Calcutta medical institutions reports 1879-81 [i.e.91]
Year: 1879
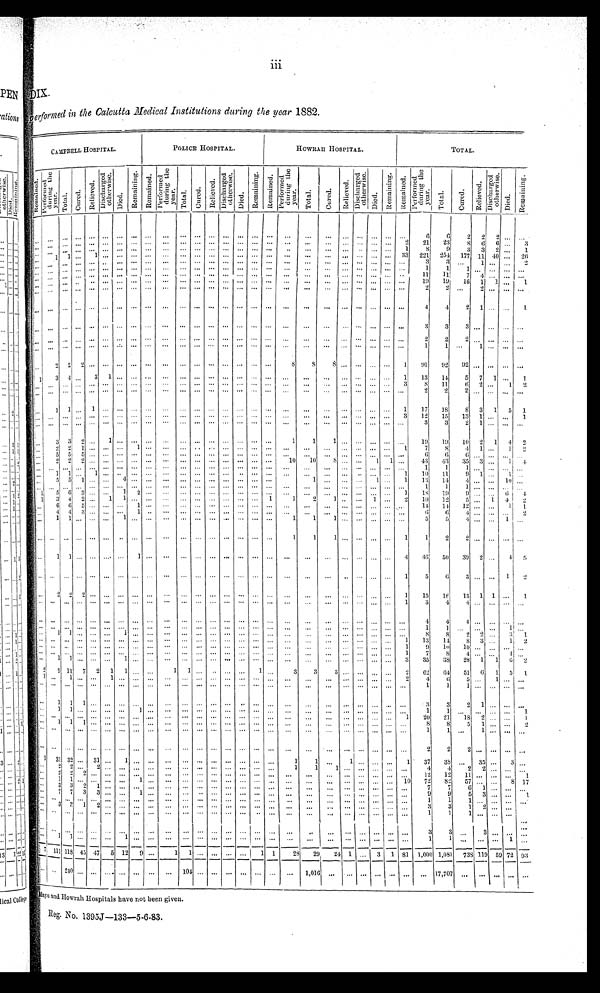
DIX.
performed in the Calcutta Medical Institutions during the year 1882.
CAMPBELL HOSPITAL.
POLICE HOSPITAL.
HOWRAH HOSPITAL.
T O T A L .
R e m a i n e d .
P e r f o r m e d d u r i n g t h e y e a r .
T o t a l . Cur ed.
R e l i e v e d . D i s c h a r g e d o t h e r w i s e .
Di ed.
R e m a i n i n g . R e ma i n e d .
P e r f o r m e d d u r i n g t h e y e a r .
T o t a l . C u r e d .
R e l i e v e d .
Di s c h a r g e d o t h e r wi s e .
Di e d .
R e ma i n i n g . R e m a i n e d .
P e r f o r m e d d u r i n g t h e y e a r .
T o t a l . C u r e d .
Re l i e v e d .
D i s c h a r g e d o t h e r w i s e .
Di ed.
R e m a i n i n g . R e m a i n e d .
P e r f o r m e d d u r i n g t h e y e a r .
T o t a l .
C u r e d .
R e l i e v e d .
D i s c h a r g e d o t h e r w i s e .
D i e d .
R e m a i n i n g .
. . .
. . . . . . . . .
. . . . . . . . . . . . . . .
. . . . . . . . . . . . . . . . . . . . . . . .
. . .
. . .
. . .
. . .
. . .
. . . . . . . . .
6
6
2 2 2
. . . . . .
. . . . . . . . . . . . . . . . . . . . . . . . . . .
. . . . . . . . . . . . . . . . . . . . . . . .
. . .
. . .
. . . . . . . . . . . . . . .
2
2 1
2 3
8 6 6 . . .
3
. . . . . . . . . . . . . . . . . . . . . . . . . . .
. . . . . .
. . . . . . . . . . . . . . . . . .
. . .
. . .
. . .
. . . . . . . . . . . .
1
8
9
3 3 2 . . .
1
. . . 1 1
. . . 1 . . . . . . . . . . . .
. . . . . . . . . . . . . . . . . . . . . . . .
. . .
. . .
. . . . . . . . . . . . . . .
3 3
2 2 1
2 5 4
1 7 7 1 1 4 0 . . . 2 6
. . . . . . . . . . . . . . . . . . . . . . . .
. . . . . . . . . . . . . . . . . . . . . . . .
. . .
. . .
. . .
. . . . . . . . . . . . . . .
3
3 . . .
1 . . .
. . .
2
. . . . . . . . . . . . . . . . . . . . . . . . . . .
. . . . . . . . . . . . . . . . . . . . . . . .
. . .
. . .
. . .
. . . . . . . . . . . . . . .
1
1 1
. . . . . .
. . . . . .
. . .
. . . . . . . . . . . . . . . . . . . . . . . .
. . .
. . . . . . . . . . . . . . . . . .
. . . . . .
. . .
. . .
. . . . . . . . . . . . . . .
1 1
1 1 7
4 . . .
. . . . . .
. . . . . . . . . . . . . . . . . . . . . . . . . . .
. . . . . . . . . . . . . . . . . . . . . . . .
. . .
. . .
. . .
. . . . . . . . . . . . . . .
1 9
1 9
1 6 1 1 . . .
1
. . .
. . . . . . . . . . . . . . . . . . . . . . . .
. . . . . . . . . . . . . . . . . . . . . . . .
. . .
. . .
. . . . . . . . . . . . . . . . . .
2
2
. . . 2 . . .
. . . . . .
. . . . . . . . .
. . .
. . . . . . . . . . . . . . .
. . . . . . . . . . . . . . . . . . . . . . . .
. . .
. . .
. . .
. . . . . . . . . . . . . . .
4
4
2 1 . . .
. . .
1
. . . . . . . . . . . . . . . . . . . . . . . . . . .
. . . . . . . . . . . . . . . . . . . . . . . .
. . .
. . .
. . .
. . . . . . . . . . . . . . .
3
3
3 . . . . . .
. . . . . .
. . . . . .
. . .
. . .
. . .
. . .
. . . . . . . . . . . .
. . .
. . .
. . .
. . .
. . .
. . . . . . . . .
. . .
. . .
. . .
. . .
. . .
. . .
. . . . . .
. . .
. . .
. . .
. . .
. . .
. . . . . . . . . . . .
. . .
. . .
. . .
. . .
. . .
. . . . . . . . .
. . .
. . .
. . .
. . .
. . .
. . .
. . . . . .
. . .
. . .
. . .
. . .
. . .
. . . . . . . . . . . .
. . .
. . .
. . .
. . .
. . .
. . .
. . . . . . . . . . . . . . . . . . . . .
. . . . . . . . . . . . . . . . . . . . . . . .
. . .
. . .
. . . . . . . . . . . . . . . . . .
2
2
2 . . . . . .
. . . . . .
. . . . . . . . . . . . . . . . . . . . .
. . . . . .
. . . . . . . . . . . .
. . . . . . . . . . . .
. . .
. . .
. . .
. . . . . . . . . . . . . . .
1
1 . . .
1 . . .
. . . . . .
. . .
2 2 2 . . . . . . . . .
. . . . . .
. . . . . . . . . . . .
. . . . . . . . . . . . . . .
8
8
8 . . .
. . . . . . 1
9 1
9 2
9 2 . . . . . .
. . . . . .
1
3 4 . . . 3 1 . . .
. . . . . .
. . . . . . . . . . . .
. . . . . . . . . . . .
. . .
. . .
. . .
. . . . . . . . . . . .
1
1 3
1 4
5 7 1 . . .
1
. . .
. . . . . . . . . . . . . . . . . . . . . . . .
. . . . . . . . . . . . . . . . . . . . . . . .
. . .
. . .
. . .
. . . . . . . . . . . .
3
8
1 1
6 2 . . .
1 2
. . . . . . . . . . . . . . . . . . . . . . . . . . .
. . . . . . . . . . . . . . . . . . . . . . . .
. . .
. . .
. . . . . . . . . . . . . . . . . .
2
2
2 . . .
. . .
. . . . . .
. . .
1 1 . . . 1 . . . . . . . . . . . .
. . . . . . . . . . . . . . . . . . . . . . . .
. . .
. . .
. . .
. . . . . . . . . . . .
1
1 7
1 8
8 3 1
5 1
. . .
. . . . . . . . . . . . . . . . . . . . . . . .
. . . . . . . . . . . . . . . . . . . . . . . .
. . .
. . .
. . .
. . . . . . . . . . . .
3
1 2
1 5
1 3 1 . . .
. . .
1
. . .
. . . . . . . . . . . . . . . . . . . . . . . .
. . . . . . . . . . . . . . . . . . . . . . . .
. . .
. . .
. . .
. . . . . . . . . . . . . . .
3
3
2 1 . . .
. . . . . .
. . .
3 3 2 . . . 1 . . . . . . . . .
. . . . . . . . . . . . . . . . . . . . . . . .
1
1
1 . . . . . . . . . . . . . . .
1 9
1 9 1 0
2 1 4 2
. . .
2 2 1 . . . . . . . . . 1 . . .
. . . . . . . . . . . . . . . . . . . . . . . .
. . .
. . .
. . . . . . . . . . . . . . . 1
7
8
4
1 . . .
1 2
. . .
5 5 5 . . . . . . . . . . . . . . .
. . . . . . . . . . . . . . . . . . . . . . . .
. . .
. . .
. . . . . . . . . . . . . . . . . .
6
6
6
. . . . . .
. . . . . .
. . .
2 2 2 . . . . . . . . . . . . . . .
. . . . . . . . . . . . . . . . . . . . . . . .
1 0
1 0
8 . . . . . . 1 1
. . .
4 3
4 3
3 5 3 . . .
1 4
. . . . . . . . . . . . . . . . . . . . . . . . . . .
. . . . . . . . . . . . . . . . . . . . . . . .
. . .
. . .
. . .
. . . . . . . . . . . . . . . . . .
1
1
1 . . . . . .
. . . . . .
. . .
1 1 . . . 1 . . . . . . . . . . . .
. . . . . . . . . . . . . . . . . . . . . . . .
. . .
. . .
. . . . . . . . . . . . . . . 1
1 0
1 1
9 1 . . .
1
. . .
. . .
5 5 1 . . . . . . 4 . . . . . .
. . . . . . . . . . . . . . . . . . . . . . . .
. . .
1 . . .
. . . . . . 1 . . .
1
1 3
1 4
4 . . . . . .
1 0 . . .
. . .
. . . . . . . . . . . . . . . . . . . . . . . .
. . . . . . . . . . . . . . . . . . . . . . . .
. . .
. . .
. . .
. . . . . . . . . . . . . . .
1
1
1 . . . . . .
. . . . . .
1
5 6 3 . . . . . . 1 2 . . .
. . . . . . . . . . . . . . . . . . . . . . . .
. . .
. . .
. . . . . . . . . . . . . . . 1
1 8
1 9
9
. . . 6
4
1
3 4 2 . . . 1 1 . . . . . .
. . . . . . . . . . . . . . . . . . . . . 1
1
2
1 . . . . . . 1 . . .
2
1 0
1 2
5 . . . 1 4
2
. . .
6 6
5 . . . . . . . . . 1 . . .
. . . . . . . . . . . . . . . . . . . . . . . .
. . .
. . .
. . . . . . . . . . . . . . . . . .
1 4
1 4
1 2 . . . . . .
1 1
. . .
4 4
3 . . . . . . . . . 1 . . .
. . . . . . . . . . . . . . . . . . . . . . . .
. . .
. . .
. . . . . . . . . . . . . . . . . .
6
6
4 . . . . . .
. . . 2
. . .
1 1
. . . . . . . . .
1 . . . . . .
. . . . . . . . . . . . . . . . . . . . . . . .
1
1
1 . . . . . . . . . . . . . . .
5
5
4 . . . . . .
1 . . .
. . .
. . . . . . . . . . . . . . . . . . . . . . . .
. . . . . . . . . . . . . . . . . . . . . . . .
1
1
1 . . . . . . . . . . . . 1
1
2
2 . . . . . .
. . . . . .
. . .
1 1 . . . . . . . . . . . . 1 . . .
. . . . . . . . . . . . . . . . . . . . . . . .
. . .
. . .
. . . . . . . . . . . . . . .
4
4 6
5 0
3 9 2 . . .
4 5
. . .
. . . . . . . . . . . . . . . . . . . . . . . .
. . . . . . . . . . . . . . . . . . . . . . . .
. . .
. . .
. . . . . . . . . . . . . . .
1
5
6
3 . . . . . .
1
2
. . .
2 2
2
. . . . . . . . . . . . . . .
. . . . . . . . . . . . . . . . . . . . . . . .
. . . . . .
. . . . . . . . . . . .
. . .
1
1 5
1 6
1 3 1 1
. . .
1
. . .
. . . . . . . . . . . . . . . . . . . . . . . .
. . . . . . . . . . . . . . . . . . . . . . . .
. . .
. . .
. . . . . . . . . . . . . . .
1
3
4
4 . . . . . .
. . . . . .
. . .
. . . . . . . . . . . . . . . . . . . . . . . .
. . . . . . . . . . . . . . . . . . . . . . . .
. . .
. . .
. . . . . . . . . . . . . . . . . .
4
4
4 . . . . . .
. . . . . .
. . .
. . . . . . . . . . . . . . . . . . . . . . . .
. . . . . . . . . . . . . . . . . . . . . . . .
. . .
. . .
. . . . . . . . . . . . . . . . . .
1
1
. . . . . . . . .
1 . . .
. . .
1 1 . . . . . . . . . 1 . . . . . .
. . . . . . . . . . . . . . . . . . . . . . . .
. . .
. . .
. . . . . . . . . . . . . . . . . .
8
8
2 2 . . .
3 1
. . .
. . . . . . . . . . . . . . . . . . . . . . . .
. . . . . . . . . . . . . . . . . . . . . . . .
. . .
. . .
. . . . . . . . . . . . . . . 1
1 3
1 4
8 3 . . .
1 2
. . .
. . . . . . . . . . . . . . . . . . . . . . . .
. . . . . . . . . . . . . . . . . . . . . . . .
. . .
. . .
. . . . . . . . . . . . . . .
1
9
1 0
1 0 . . .
. . .
. . . . . .
. . .
. . . . . . . . . . . . . . . . . . . . . . . .
. . . . . . . . . . . . . . . . . . . . . . . .
. . .
. . .
. . . . . . . . . . . . . . .
1
7
8
4 . . . . . .
4 . . .
. . .
1 1
. . . . . . . . . 1 . . . . . .
. . . . . . . . . . . . . . . . . . . . . . . .
. . .
. . .
. . . . . . . . . . . . . . .
3
3 5
3 8
2 8 1 1
6 2
2 9
1 1 7 2 1
1
. . . . . .
1 1 . . . . . . . . . . . . 1 . . .
3
3
3 . . . . . . . . . . . .
2
6 2
6 4
5 1 6 1
5 1
1
. . . 1 . . . . . .
1 . . .
. . . . . .
. . . . . . . . . . . . . . . . . . . . . . . .
. . .
. . .
. . . . . . . . . . . . . . . 2
4
6
5 . . . 1
. . . . . .
. . .
. . . . . . . . . . . . . . . . . . . . . . . .
. . .
. . . . . . . . . . . . . . . . . . . . .
. . .
. . .
. . . . . . . . . . . . . . . . . .
1
1
1 . . . . . .
. . . . . .
. . .
1 1 1 . . . . . . . . . . . . . . .
. . . . . . . . . . . . . . . . . . . . . . . .
. . .
. . .
. . . . . . . . . . . . . . . . . .
3
3
2 1 . . .
. . . . . .
. . .
1 1 . . . . . . . . . . . . 1 . . .
. . . . . . . . . . . . . . . . . . . . . . . .
. . .
. . .
. . . . . . . . . . . . . . . . . .
1
1
. . . . . . . . .
. . . 1
. . . . . . . . . . . . . . . . . . . . . . . .
. . . . . . . . . . . . . . . . . . . . . . . .
. . .
. . .
. . . . . . . . . . . . . . . 1
2 0
2 1
1 8 2 . . . . . .
1
. . .
1 1 1 . . . . . . . . . . . . . . .
. . . . . . . . . . . . . . . . . . . . . . . .
. . .
. . .
. . . . . . . . . . . . . . . . . . . . .
8
8
5 1 . . .
. . . 2
. . .
. . . . . . . . . . . . . . . . . . . . . . . .
. . . . . . . . . . . . . . . . . . . . . . . .
. . .
. . .
. . . . . . . . . . . . . . . . . .
. . . 1
1 . . .
1 . . . . . . . . .
. . .
. . . . . . . . . . . . . . . . . . . . . . . .
. . . . . . . . . . . . . . . . . . . . . . . .
. . .
. . .
. . . . . . . . . . . . . . . . . . . . .
2 2
2
. . . . . .
. . . . . .
1
3 1 3 2 . . . 3 1 . . . 1 . . . . . .
. . . . . . . . . . . . . . . . . . . . . . . .
1
1
. . . 1 . . . . . . . . . 1
3 7
3 8 . . .
3 5 . . .
3 . . .
. . .
2 2 . . . 2 . . . . . . . . . . . .
. . . . . . . . . . . . . . . . . . . . . . . .
1
1
1 . . . . . . . . . . . . . . .
4
4
2 2 . . .
. . . . . .
. . .
2 2 2 . . . . . . . . . . . . . . .
. . . . . . . . . . . . . . . . . . . . . . . .
. . .
. . .
. . . . . . . . . . . . . . . . . .
1 2
1 2
1 1 . . . . . . . . . 1
. . .
1 1 . . . . . . . . . . . . 1 . . .
. . . . . . . . . . . . . . . . . . . . . . . .
. . .
. . .
. . . . . . . . . . . . . . . 1 0
7 2
8 2
5 7 . . . . . .
8
1 7
. . .
3 3 2
1
. . . . . . . . . . . .
. . . . . . . . . . . . . . . . . . . . . . . .
. . . . . .
. . . . . . . . . . . . . . . . . . . . .
7
7
6 1 . . .
. . . . . .
. . .
7 7 3 3
. . . . . . 1 . . .
. . . . . . . . . . . . . . . . . . . . . . . .
. . .
. . .
. . . . . . . . . . . . . . . . . .
9
9
5 3 . . . . . . 1
. . .
. . . . . . . . . . . . . . . . . . . . . . . .
. . . . . . . . . . . . . . . . . . . . . . . .
. . .
. . .
. . . . . . . . . . . . . . . . . .
1
1
1 . . . . . .
. . . . . .
. . .
3 3 1 2 . . . . . . . . . . . .
. . . . . . . . . . . . . . . . . . . . . . . .
. . .
. . .
. . . . . . . . . . . . . . . . . .
3
3
1 2 . . .
. . . . . .
. . . . . .
. . . . . . . . . . . . . . . . . . . . . . . .
. . . . . . . . . . . . . . . . . . . . . . . . . . .
. . .
. . . . . . . . . . . . . . . . . .
1
1
1 . . . . . .
. . . . . .
. . .
. . . . . . . . . . . . . . . . . . . . . . . .
. . . . . . . . . . . . . . . . . . . . . . . .
. . .
. . .
. . . . . . . . . . . . . . . . . .
3 3
. . .
3 . . .
. . . . . .
. . . 1
1 . . . . . . . . . 1 . . . . . .
. . . . . . . . . . . . . . . . . . . . . . . .
. . .
. . .
. . . . . . . . . . . . . . . . . .
1 1
. . .
. . . . . .
1 . . .
7
1 1 1 1 1 8 4 5 4 7
5
1 2 9 . . .
1 1 . . . . . . . . . . . .
1
1
2 8
2 9
2 4 1
. . .
3 1
8 1
1 , 0 0 0
1 , 0 8 1
7 3 8 1 1 9 5 9
7 2 9 3
. . .
. . . 2 4 0 . . .
. . . . . . . . . . . . . . .
. . . 1 0 4 . . . . . . . . . . . . . . .
. . .
. . .
1 , 0 1 6
. . .
. . . . . .
. . . . . .
. . .
1 7 , 7 0 7
. . .
. . .
. . . . . .
. . . . . .
Mayo and Howrah Hospitals have not been given.
Reg. No. 1395J—133—5-6-83.